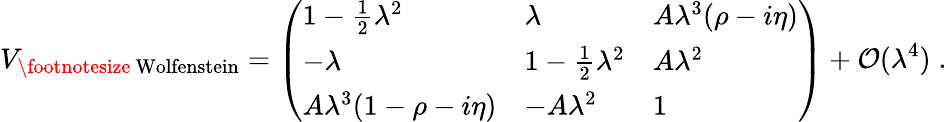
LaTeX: V_{\mathrm{\footnotesize~Wolfenstein}}=\left(\begin{array}{lll}{{1-\frac{1}{2}\lambda^{2}}}&{{\lambda}}&{{A\lambda^{3}(\rho-i\eta)}}\\ {{-\lambda}}&{{1-\frac{1}{2}\lambda^{2}}}&{{A\lambda^{2}}}\\ {{A\lambda^{3}(1-\rho-i\eta)}}&{{-A\lambda^{2}}}&{{1}}\end{array}\right)+{\cal{O}}(\lambda^{4})\; .